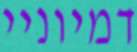
דמיוניי